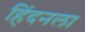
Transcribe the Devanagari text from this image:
हिंदनला